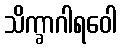
သိက္ခာဂါရဝေါ